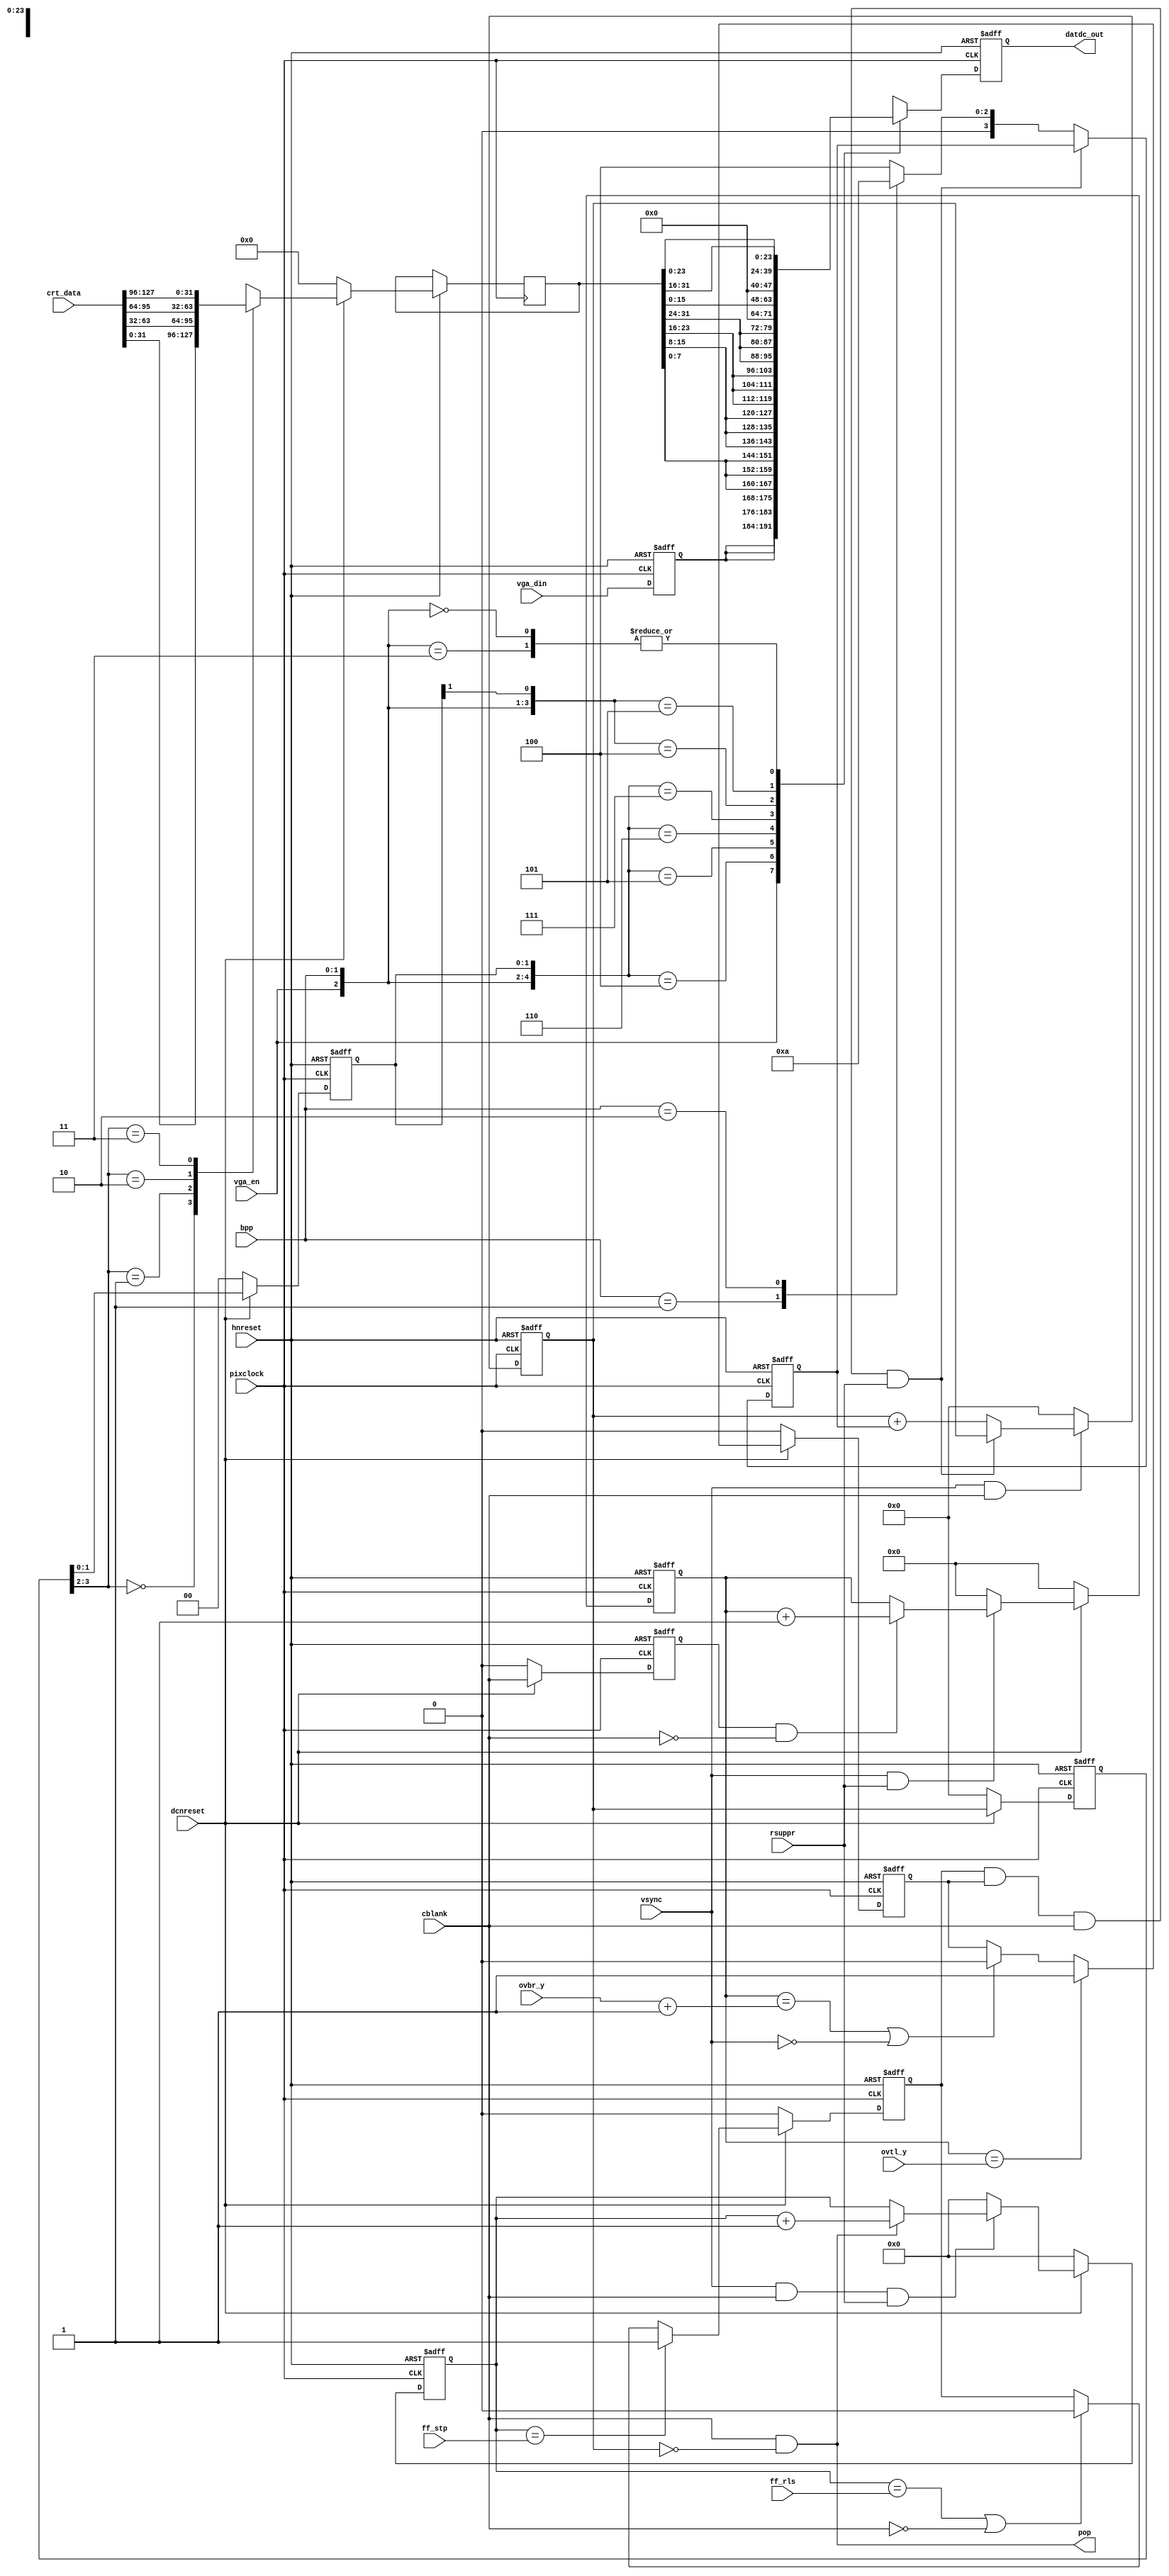
module dc_adout
    (
     input             pixclock,
     input             dcnreset,
     input             hnreset,
     input             vsync,
     input             cblank, 
     input             rsuppr,
     input [9:0]       ff_stp,
     input [9:0]       ff_rls,
     input [10:0]      ovtl_y, 
     input [10:0]      ovbr_y,
     input [1:0]       bpp,
     input [127:0]     crt_data,
     input [7:0]       vga_din,
     input             vga_en,
     output reg [23:0] datdc_out,
     output            pop
     );
  reg [3:0] counter;         
  reg [3:0] out_sel0, out_sel; 
  reg [3:0] inc;             
  reg 	    cblankd;         
  reg [11:0] lcount;          
  reg [9:0]  pcount;          
  reg 	     hdisbl;
  reg 	     vdisbl;
  reg [31:0] crt_dat;
  reg [7:0]   vga_store;      
  wire [11:0] ff_yrls;
  wire        active;         
  assign pop = cblank & (counter == 0);
  assign active = ~(hdisbl & vdisbl & cblank & rsuppr);
  always @(posedge pixclock or negedge hnreset )
    if(!hnreset) begin
      inc     <= 4'b0;
    end else if (active)
      casex (bpp)
	2'b01:   inc <= 4'h1; 
	2'b10:   inc <= 4'h2; 
	default: inc <= 4'h4; 
      endcase 
  always @(posedge pixclock or negedge hnreset )
    if(!hnreset) begin
      counter     <= 4'b0;
    end else if (!(vsync && cblank)) begin
      counter     <= 4'b0;
    end else if (active) begin
      counter     <= counter + inc;
    end
  always @(posedge pixclock or negedge hnreset )
    if(!hnreset) begin
      vga_store   <= 8'h0;
      datdc_out   <= 24'b0;
    end else begin
      vga_store <= vga_din;
      casex ({vga_en, bpp, out_sel[1:0]})
	5'b1_xx_xx: datdc_out <= {3{vga_store}};
	5'b0_01_00: datdc_out <= {3{crt_dat[7:0]}};
	5'b0_01_01: datdc_out <= {3{crt_dat[15:8]}};
	5'b0_01_10: datdc_out <= {3{crt_dat[23:16]}};
	5'b0_01_11: datdc_out <= {3{crt_dat[31:24]}};
	5'b0_10_0x: datdc_out <= {8'h0, crt_dat[15:0]};
	5'b0_10_1x: datdc_out <= {8'h0, crt_dat[31:16]};
	5'b0_00_xx, 6'b0_0_11_xx: datdc_out <= crt_dat[23:0];
      endcase 
    end
  always @(posedge pixclock or negedge hnreset )
    if(!hnreset) begin
      cblankd     <= 1'b0;
      lcount      <= 12'b0;
      pcount      <= 10'b0;
      hdisbl      <= 1'b0;
      vdisbl      <= 1'b0;
      out_sel0    <= 2'b0;
      out_sel     <= 2'b0;
    end else if(!dcnreset) begin
      cblankd     <= 1'b0;
      lcount      <= 12'b0;
      pcount      <= 10'b0;
      hdisbl      <= 1'b0;
      vdisbl      <= 1'b0;
      out_sel0    <= 2'b0;
      out_sel     <= 2'b0;
      crt_dat     <= 32'b0;
    end else begin
      out_sel0  <= counter;
      out_sel   <= out_sel0;
      case (out_sel0[3:2])
	2'd0: crt_dat <= crt_data[31:0];
	2'd1: crt_dat <= crt_data[63:32];
	2'd2: crt_dat <= crt_data[95:64];
	2'd3: crt_dat <= crt_data[127:96];
      endcase 
      cblankd     <= cblank;
      if (!(vsync & rsuppr))      lcount <= 12'b0;      
      else if (cblankd & ~cblank) lcount <= lcount + 12'h1; 
      if(!(vsync & cblank & rsuppr)) pcount <= 10'b0;   
      else if (pop)                  pcount <= pcount + 10'h1;
      if (pcount == ff_stp)                   
	hdisbl <= 1'b1;
      else if ((pcount == ff_rls) || !cblank) 
        hdisbl <= 1'b0;
      if (lcount == {1'b0,ovtl_y}) 
	vdisbl <= 1'b1;
      else if ((lcount == ff_yrls)|| !vsync)
	vdisbl <= 1'b0;
   end
  assign ff_yrls = ovbr_y +1'b1;
endmodule